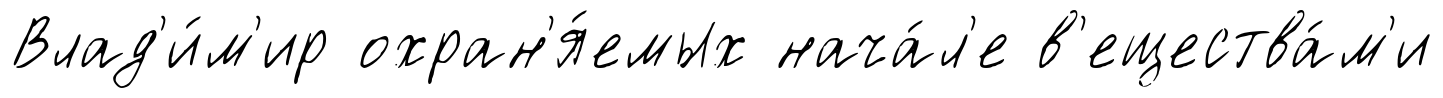
Влад'и́м'ир охран'я́емых нача́л'е в'ещества́м'и